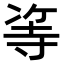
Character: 𠗭